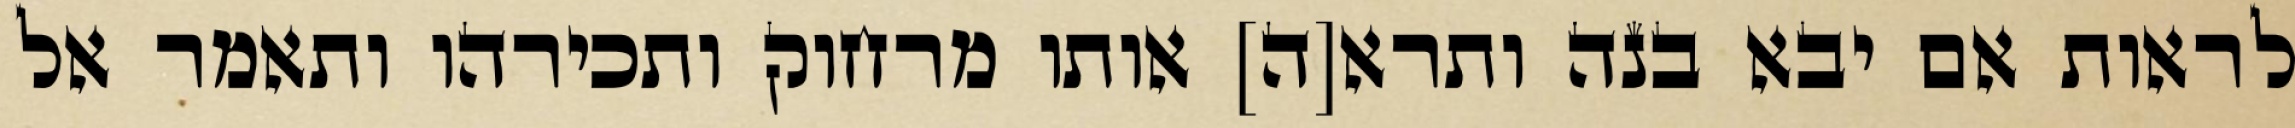
לראות אם יבא בנה ותרא[ה] אותו מרחוק ותכירהו ותאמר אל